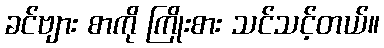
ခင်ဗျား စာကို ကြိုးစား သင်သင့်တယ်။